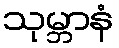
သုမ္ဘာနံ